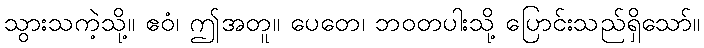
သွားသကဲ့သို့။ ဧဝံ၊ ဤအတူ။ ပေတေ၊ ဘဝတပါးသို့ ပြောင်းသည်ရှိသော်။